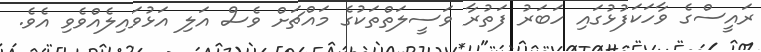
ރައީސްގެ ވާހަކަފުޅުގައި ހަބަރު ފަތުރާ ވަސީލަތްތަކުގެ މައްޗަށް ވެސް އަލި އަޅުވައިލެއްވެވި އެވެ.